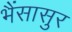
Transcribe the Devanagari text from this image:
भैंसासुर